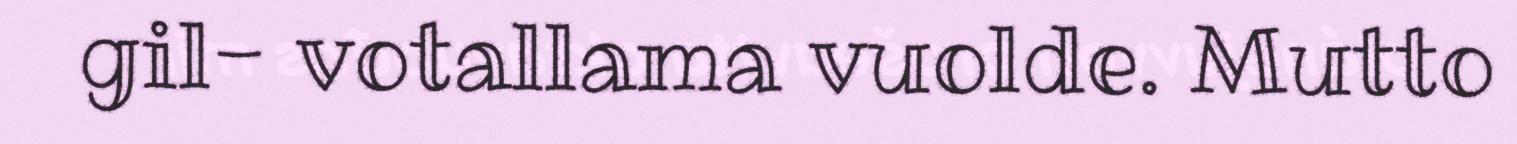
gil- votallama vuolde. Mutto